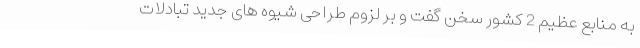
به منابع عظیم 2 کشور سخن گفت و بر لزوم طراحی شیوه های جدید تبادلات